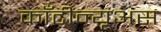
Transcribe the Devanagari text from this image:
काँटीन्यूअस